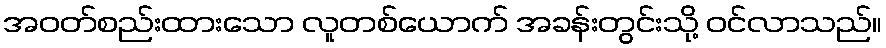
အဝတ်စည်းထားသော လူတစ်ယောက် အခန်းတွင်းသို့ ဝင်လာသည်။